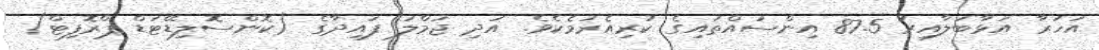
އަހަރާ އަޅާބަލާއިރު 87.5 އިންސައްތައިގެ ކުރިއެރުމެކެވެ. އަދި ޖުމްލަ ފައިދާގެ (ކޮންސޮލިޑޭޓަޑް ޕްރޮފިޓް)